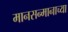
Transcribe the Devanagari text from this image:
मानसन्मानाच्या